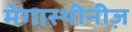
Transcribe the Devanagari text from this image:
मेगास्थीनीज़